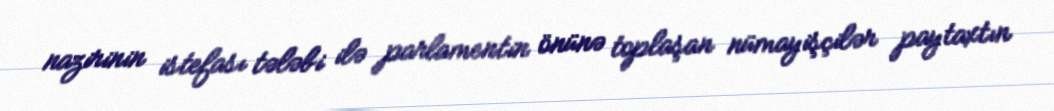
nazirinin istefası tələbi ilə parlamentin önünə toplaşan nümayişçilər paytaxtın